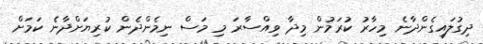
ދިގުލައިގެންދާނެ މިހާރު ކުރަމުން މިދާ ވިއްސާރަ މި މަސް ނިމެންދެން ކުރިޔަށްދާނެ ކަމަށް